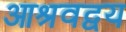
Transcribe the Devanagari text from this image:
आश्रवद्वय